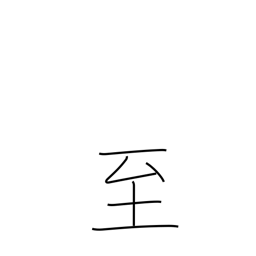
Meaning: climax